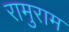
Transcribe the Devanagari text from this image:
रामुराम